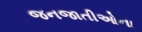
જનજાતીઓના